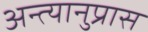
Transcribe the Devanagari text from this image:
अन्त्यानुप्रास